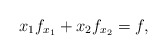
\begin{align*} x_1 f_{x_1}+x_2 f_{x_2}=f,\end{align*}